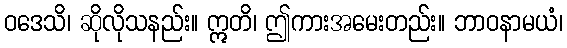
ဝဒေသိ၊ ဆိုလိုသနည်း။ ဣတိ၊ ဤကားအမေးတည်း။ ဘာဝနာမယံ၊